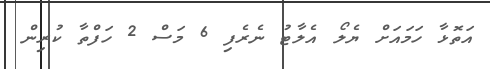
އަތޮޅާ ހަމައަށް ޔެލޯ އެލާޓު ނެރެފި 6 މަސް 2 ހަފްތާ ކުރިން